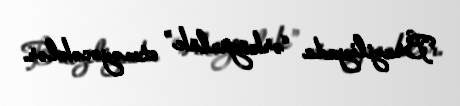
Braziliyada “ərköyünlük” etməyəcəklər.